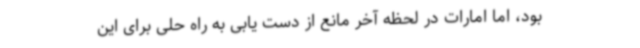
بود، اما امارات در لحظه آخر مانع از دست یابی به راه حلی برای این